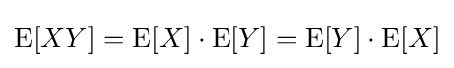
\operatorname {E} [XY]=\operatorname {E} [X]\cdot \operatorname {E} [Y]=\operatorname {E} [Y]\cdot \operatorname {E} [X]